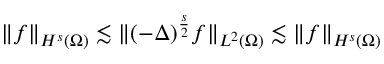
\lVert f \rVert _ { H ^ { s } ( \Omega ) } \lesssim \lVert ( - \Delta ) ^ { \frac { s } { 2 } } f \rVert _ { L ^ { 2 } ( \Omega ) } \lesssim \lVert f \rVert _ { H ^ { s } ( \Omega ) }